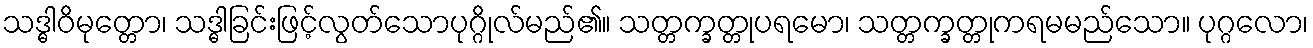
သဒ္ဓါဝိမုတ္တော၊ သဒ္ဓါခြင်းဖြင့်လွတ်သောပုဂ္ဂိုလ်မည်၏။ သတ္တက္ခတ္တုပရမော၊ သတ္တက္ခတ္တုကရမမည်သော။ ပုဂ္ဂလော၊